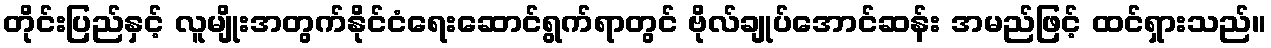
တိုင်းပြည်နှင့် လူမျိုးအတွက်နိုင်ငံရေးဆောင်ရွက်ရာတွင် ဗိုလ်ချုပ်အောင်ဆန်း အမည်ဖြင့် ထင်ရှားသည်။